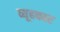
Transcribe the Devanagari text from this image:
व्यूहकार